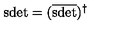
\mathrm { s d e t } = ( \overline { { \mathrm { s d e t } } } ) ^ { \dagger }